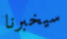
سيخبرنا